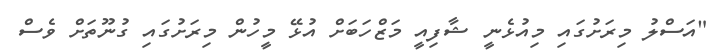
"އަސްލު މިރަށުގައި މިއުޅެނީ ޝާފިއީ މަޒްހަބަށް އުޅޭ މީހުން މިރަށުގައި ގުނޫތަށް ވެސް